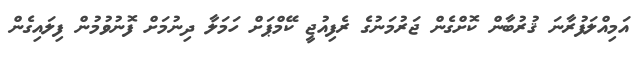
އަމިއްލަފުރާނަ ޤުރުބާން ކޮށްގެން ޖަރުމަނުގެ ރެފިއުޖީ ކޭމްޕަށް ހަމަލާ ދިނުމަށް ފޮނުވުމުން ފިލައިގެން